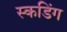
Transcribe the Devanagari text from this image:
स्कडिंग